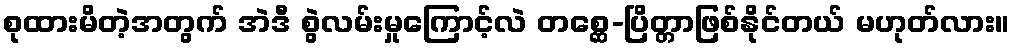
စုထားမိတဲ့အတွက် အဲဒီ စွဲလမ်းမှုကြောင့်လဲ တစ္ဆေ-ပြိတ္တာဖြစ်နိုင်တယ် မဟုတ်လား။